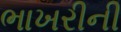
ભાખરીની